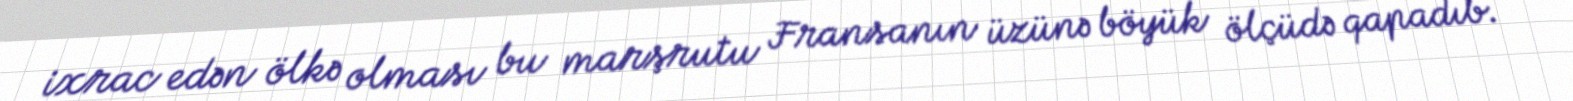
ixrac edən ölkə olması bu marşrutu Fransanın üzünə böyük ölçüdə qapadıb.